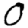
Digit: 0